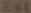
EL